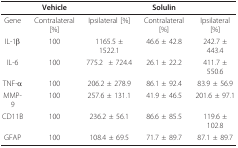
<table><thead><tr><td></td><td><b>Vehicle</b></td><td></td><td><b>Solulin</b></td><td></td></tr></thead><tbody><tr><td>Gene</td><td>Contralateral [%]</td><td>Ipsilateral [%]</td><td>Contralateral [%]</td><td>Ipsilateral [%]</td></tr><tr><td>IL-1β</td><td>100</td><td>1165.5 ± 1522.1</td><td>46.6 ± 42.8</td><td>242.7 ± 443.4</td></tr><tr><td>IL-6</td><td>100</td><td>775.2 <i> ± </i>724.4</td><td>26.1 ± 22.2</td><td>411.7 ± 550.6</td></tr><tr><td>TNF-α</td><td>100</td><td>206.2 ± 278.9</td><td>86.1 ± 92.4</td><td>83.9 ± 56.9</td></tr><tr><td>MMP-9</td><td>100</td><td>257.6 ± 131.1</td><td>41.9 ± 46.5</td><td>201.6 ± 97.1</td></tr><tr><td>CD11B</td><td>100</td><td>236.2 ± 56.1</td><td>86.6 ± 85.5</td><td>119.6 ± 102.8</td></tr><tr><td>GFAP</td><td>100</td><td>108.4 ± 69.5</td><td>71.7 ± 89.7</td><td>87.1 ± 89.7</td></tr></tbody></table>